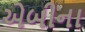
એબીના